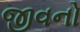
જીવનો